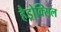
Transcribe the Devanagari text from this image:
हैड्रोक्सिल